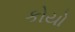
કોયો